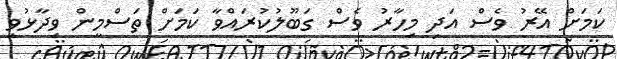
ކަމަށް އޭރު ވެސް އަދި މިހާރު ވެސް ގަބޫލުކުރައްވާ ކަމަށް ތަސްމީން ވިދާޅުވި